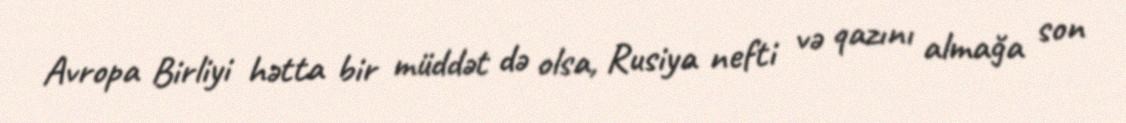
Avropa Birliyi hətta bir müddət də olsa, Rusiya nefti və qazını almağa son